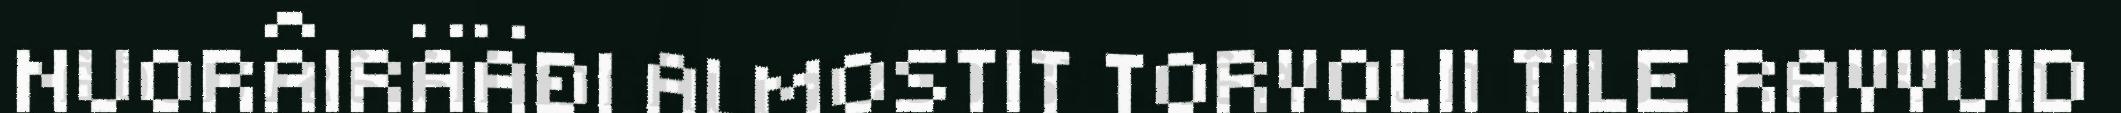
NUORÂIRÄÄĐI ALMOSTIT TORVOLII TILE RAVVUID